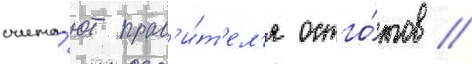
счита́ют прав'и́т'ел'я остго́тов //